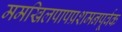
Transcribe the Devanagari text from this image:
ममखिलपापप्रशमनपूर्वक